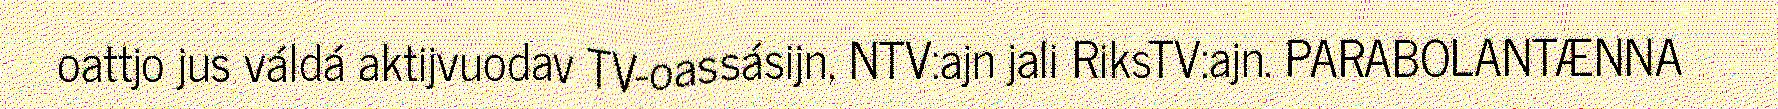
oattjo jus váldá aktijvuodav TV-oassásijn, NTV:ajn jali RiksTV:ajn. PARABOLANTÆNNA